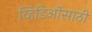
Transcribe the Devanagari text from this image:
व्हिडिओंसाठी